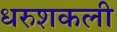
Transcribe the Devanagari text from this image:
धरुशकली